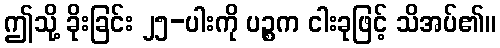
ဤသို့ ခိုးခြင်း ၂၅-ပါးကို ပဉ္စက ငါးခုဖြင့် သိအပ်၏။